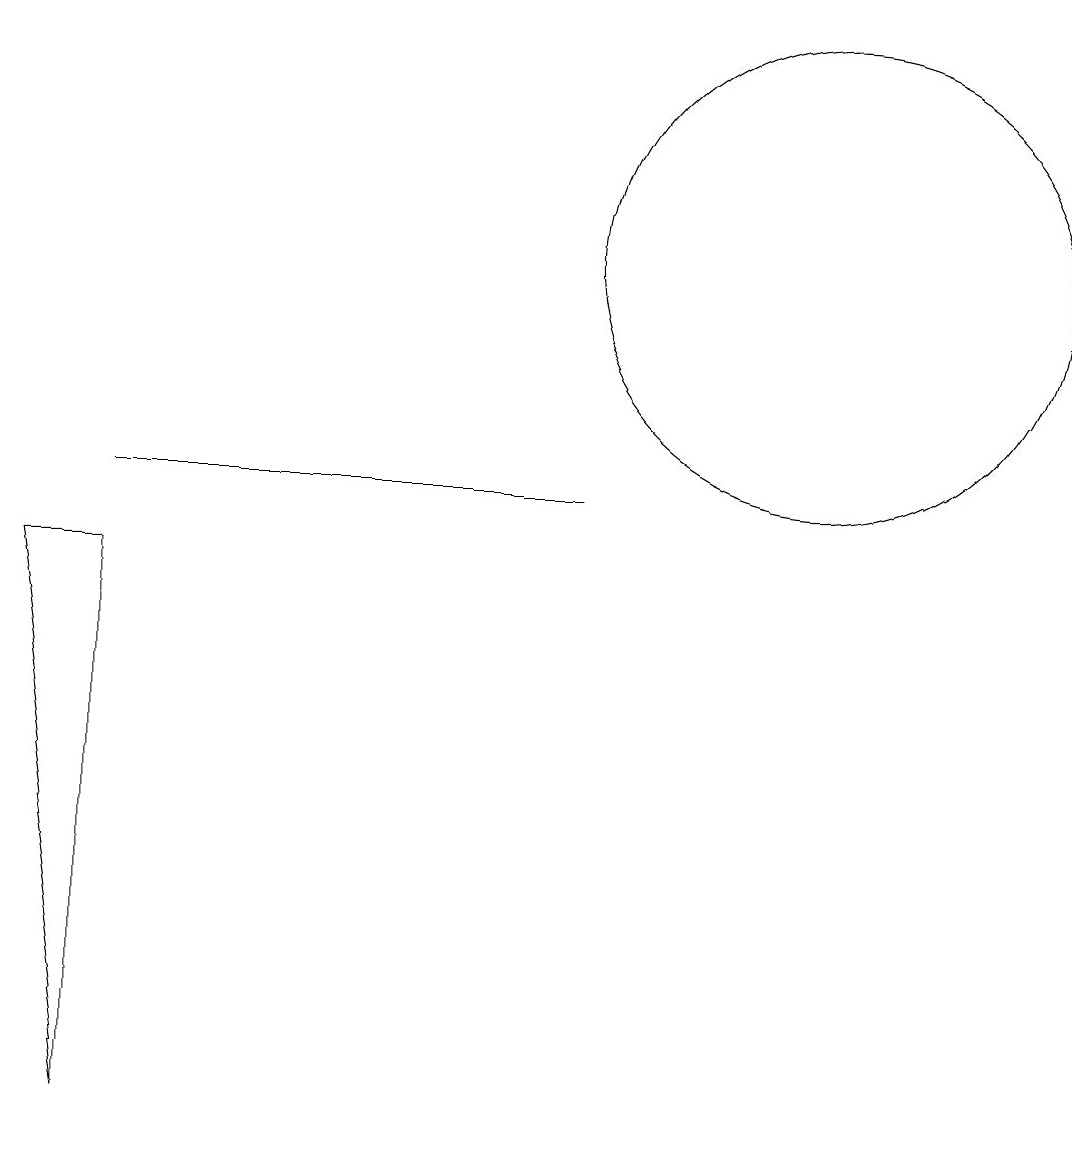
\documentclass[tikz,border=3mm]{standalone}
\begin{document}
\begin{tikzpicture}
\draw (0,7) -- (1,7) -- (1,0) -- cycle;
\draw (10,11) circle (3);
\draw (1,8) -- (7,8) -- (3,8) -- cycle;
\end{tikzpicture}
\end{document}